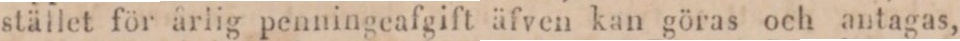
stället för årlig penningeafgift äfven kan göras och antagas,